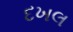
દખલ